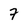
Character: 7